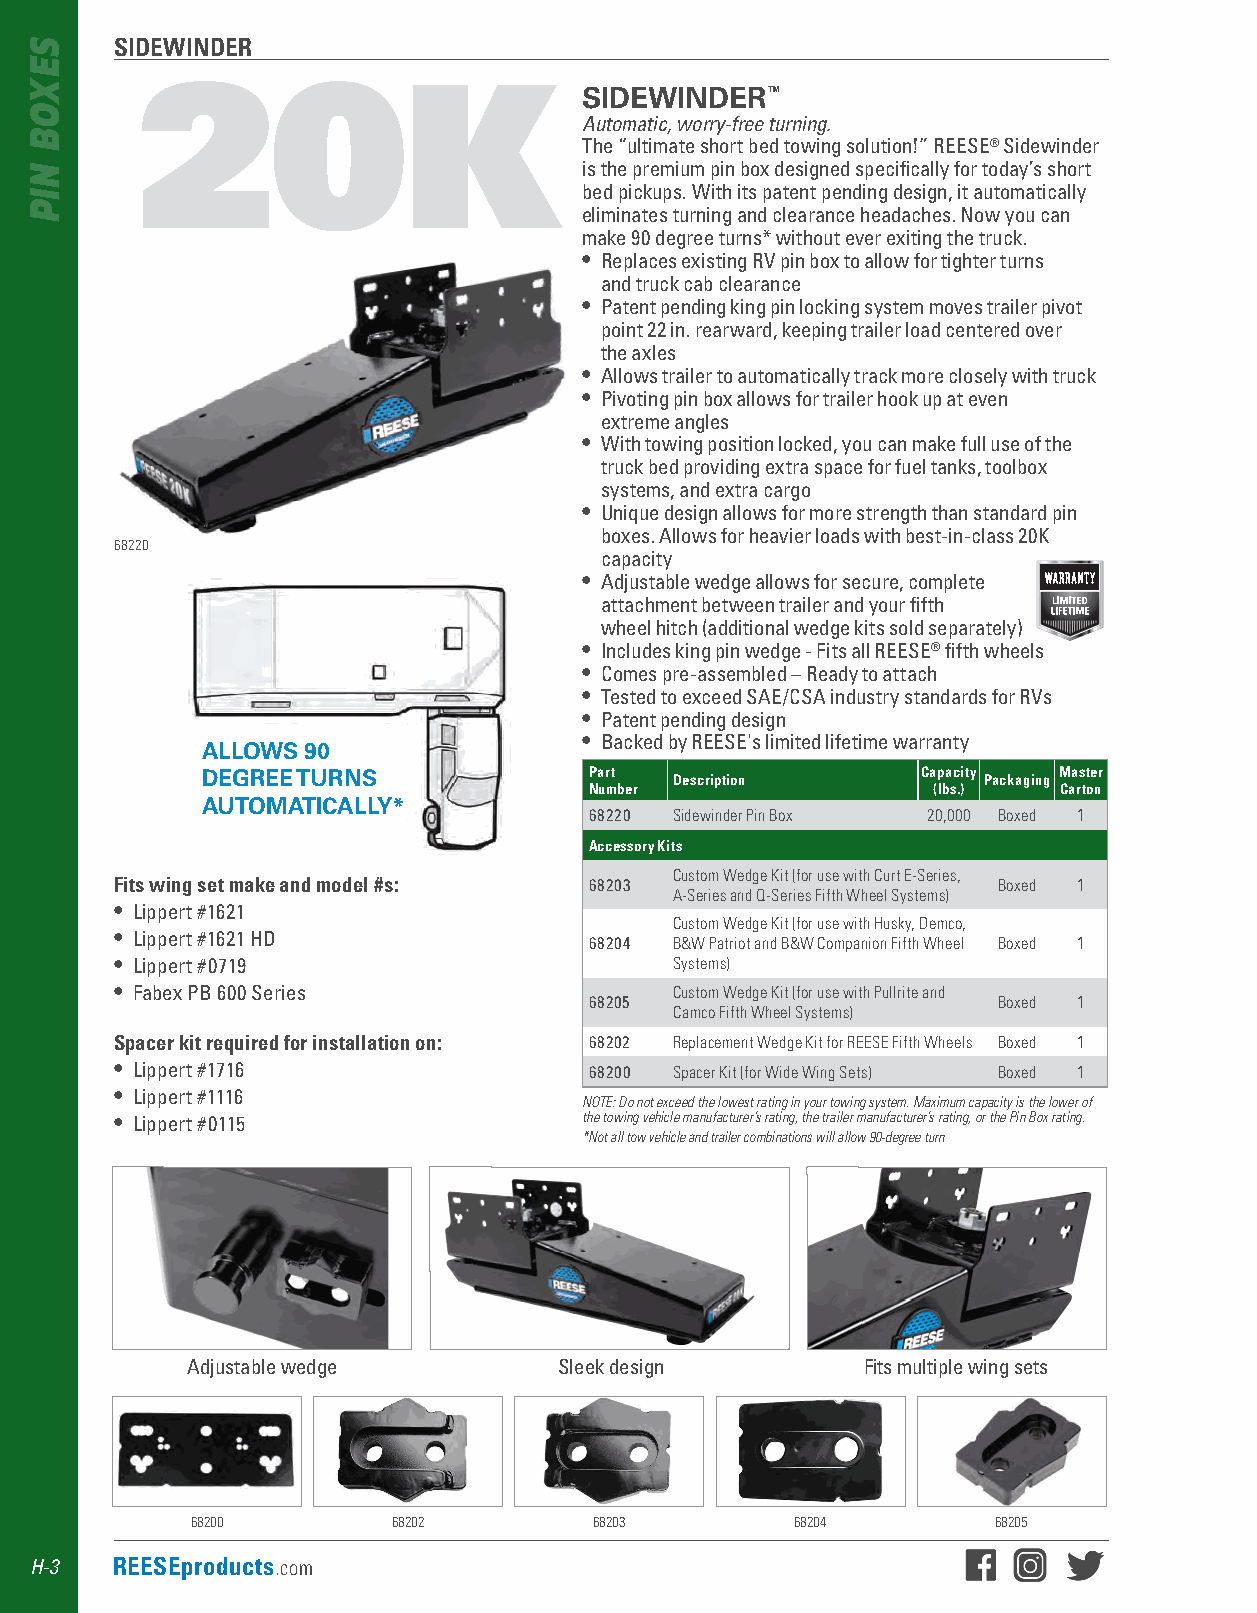
SIDEWINDER
 20K
 SIDEWINDER™
 Automatic, worry-free turning.
 The “ultimate short bed towing solution!” REESE® Sidewinder
 is the premium pin box designed specifically for today’s short
 bed pickups . With its patent pending design, it automatically
 eliminates turning and clearance headaches . Now you can
 make 90 degree turns* without ever exiting the truck .
 • Replaces existing RV pin box to allow for tighter turns
 and truck cab clearance
 • Patent pending king pin locking system moves trailer pivot
 point 22 in . rearward, keeping trailer load centered over
 the axles
 • Allows trailer to automatically track more closely with truck
 • Pivoting pin box allows for trailer hook up at even
 extreme angles
 • With towing position locked, you can make full use of the
 truck bed providing extra space for fuel tanks, toolbox
 systems, and extra cargo
 • Unique design allows for more strength than standard pin
 boxes . Allows for heavier loads with best-in-class 20K
 68220
 capacity
 • Adjustable wedge allows for secure, complete
 attachment between trailer and your fifth
 wheel hitch (additional wedge kits sold separately)
 • Includes king pin wedge - Fits all REESE® fifth wheels
 • Comes pre-assembled – Ready to attach
 • Tested to exceed SAE/CSA industry standards for RVs
 • Patent pending design
 • Backed by REESE's limited lifetime warranty
 ALLOWS 90
 DEGREE TURNS              Part  Description     Capacity Packaging Master
 Number                 (lbs.)  Carton
 AUTOMATICALLY*
 68220 Sidewinder Pin Box 20,000 Boxed 1
 Accessory Kits
 Custom Wedge Kit (for use with Curt E-Series,
 Fits wing set make and model #s: 68203                    Boxed 1
 A-Series and Q-Series Fifth Wheel Systems)
 • Lippert #1621
 Custom Wedge Kit (for use with Husky, Demco,
 • Lippert #1621 HD
 68204 B&W Patriot and B&W Companion Fifth Wheel Boxed 1
 • Lippert #0719                      Systems)
 • Fabex PB 600 Series                Custom Wedge Kit (for use with Pullrite and
 68205                      Boxed 1
 Camco Fifth Wheel Systems)
 Spacer kit required for installation on: 68202 Replacement Wedge Kit for REESE Fifth Wheels Boxed 1
 • Lippert #1716                68200 Spacer Kit (for Wide Wing Sets) Boxed 1
 • Lippert #1116
 NOTE: Do not exceed the lowest rating in your towing system. Maximum capacity is the lower of
 • Lippert #0115                the towing vehicle manufacturer’s rating, the trailer manufacturer’s rating, or the Pin Box rating.
 *Not all tow vehicle and trailer combinations will allow 90-degree turn
 Adjustable wedge         Sleek design        Fits multiple wing sets
 68200        68202        68203         68204        68205
 H-3  REESEproducts.com
 SEXOB
 NIP